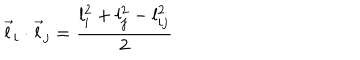
\vec { l } _ { i } \cdot \vec { l } _ { j } = \frac { l _ { i } ^ { 2 } + l _ { j } ^ { 2 } - l _ { i j } ^ { 2 } } { 2 }